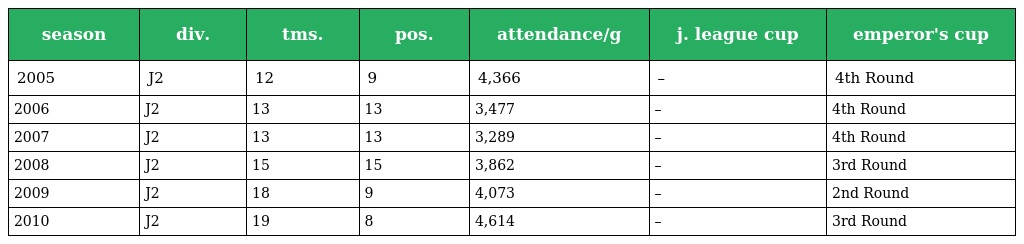
| season | div. | tms. | pos. | attendance/g | j. league cup | emperor's cup |
 | --- | --- | --- | --- | --- | --- | --- |
 | 2005 | J2 | 12 | 9 | 4,366 | – | 4th Round |
 | 2006 | J2 | 13 | 13 | 3,477 | – | 4th Round |
 | 2007 | J2 | 13 | 13 | 3,289 | – | 4th Round |
 | 2008 | J2 | 15 | 15 | 3,862 | – | 3rd Round |
 | 2009 | J2 | 18 | 9 | 4,073 | – | 2nd Round |
 | 2010 | J2 | 19 | 8 | 4,614 | – | 3rd Round |